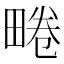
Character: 𤲨